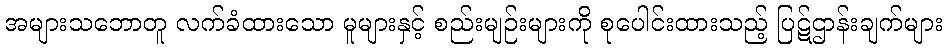
အများသဘောတူ လက်ခံထားသော မူများနှင့် စည်းမျဉ်းများကို စုပေါင်းထားသည့် ပြဋ်ဌာန်းချက်များ